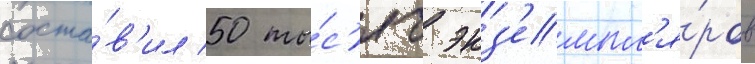
соста́в'ил 50 ты́с'яч экз'емпл'я́ров